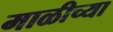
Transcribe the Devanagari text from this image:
माळीच्या